Report of the veterinary officer investigating camel disease
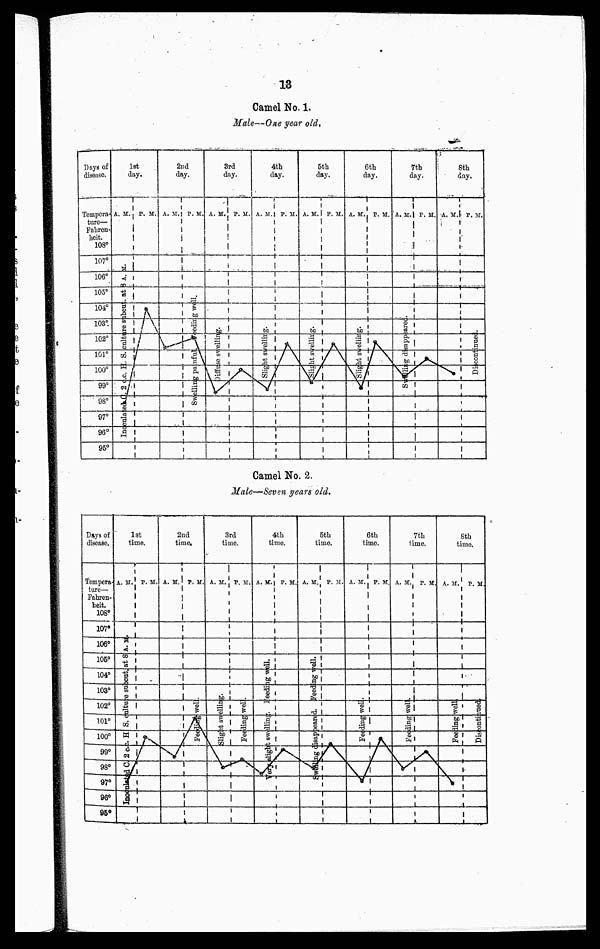
13
Camel No. 1.
Male—One year old.
Camel No. 2.
Male—Seven years old.